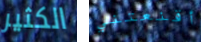
الكثير أقنعتني